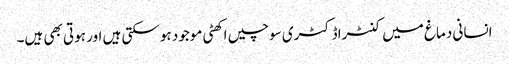
انسانی دماغ میں کنٹراڈکٹری سوچیں اکھٹی موجود ہوسکتی ہیں اور ہوتی بھی ہیں۔